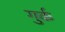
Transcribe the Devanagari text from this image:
गुर्क